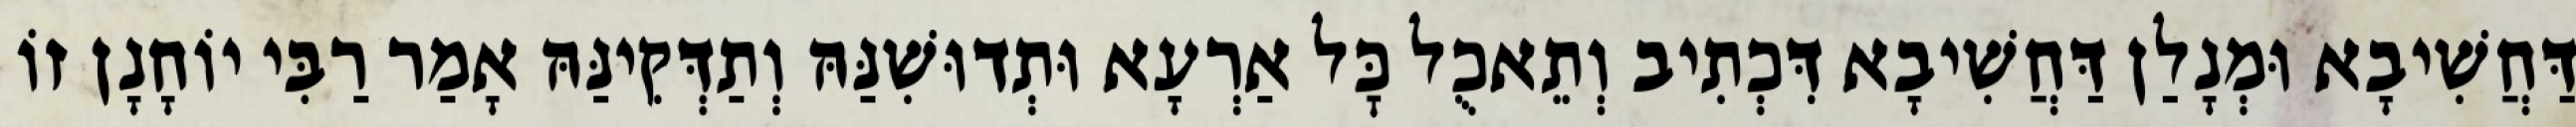
דַּחֲשִׁיבָא וּמְנָלַן דַּחֲשִׁיבָא דִּכְתִיב וְתֵאכֻל כׇּל אַרְעָא וּתְדוּשִׁנַּהּ וְתַדְּקִינַּהּ אָמַר רַבִּי יוֹחָנָן זוֹ